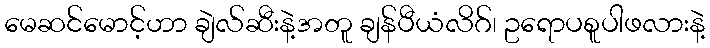
မေဆင်မောင့်ဟာ ချဲလ်ဆီးနဲ့အတူ ချန်ပီယံလိဂ်၊ ဥရောပစူပါဖလားနဲ့